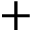
+